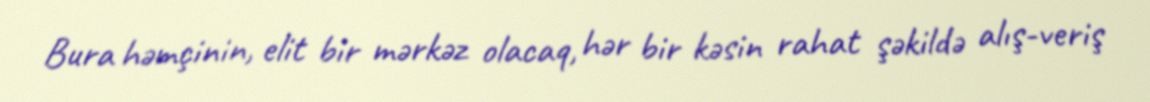
Bura həmçinin, elit bir mərkəz olacaq, hər bir kəsin rahat şəkildə alış-veriş